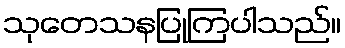
သုတေသနပြုကြပါသည်။